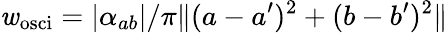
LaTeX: \mathit{w}_{\mathrm{{osci}}}=\left|\alpha_{ab}\right|/\pi\| (a-a^{\prime})^{2}+(b-b^{\prime})^{2}\|